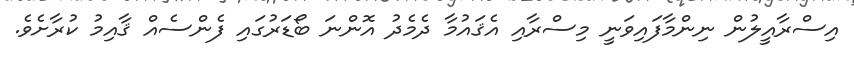
އިސްރާއީލުން ނިންމާފައިވަނީ މިސްރާއި އެޤައުމާ ދެމެދު އޮންނަ ބޯޑަރުގައި ފެންސެއް ޤާއިމު ކުރާށެވެ.